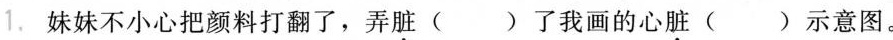
1. 妹妹不小心把颜料打翻了，弄脏( )了我画的心脏( )示意图。